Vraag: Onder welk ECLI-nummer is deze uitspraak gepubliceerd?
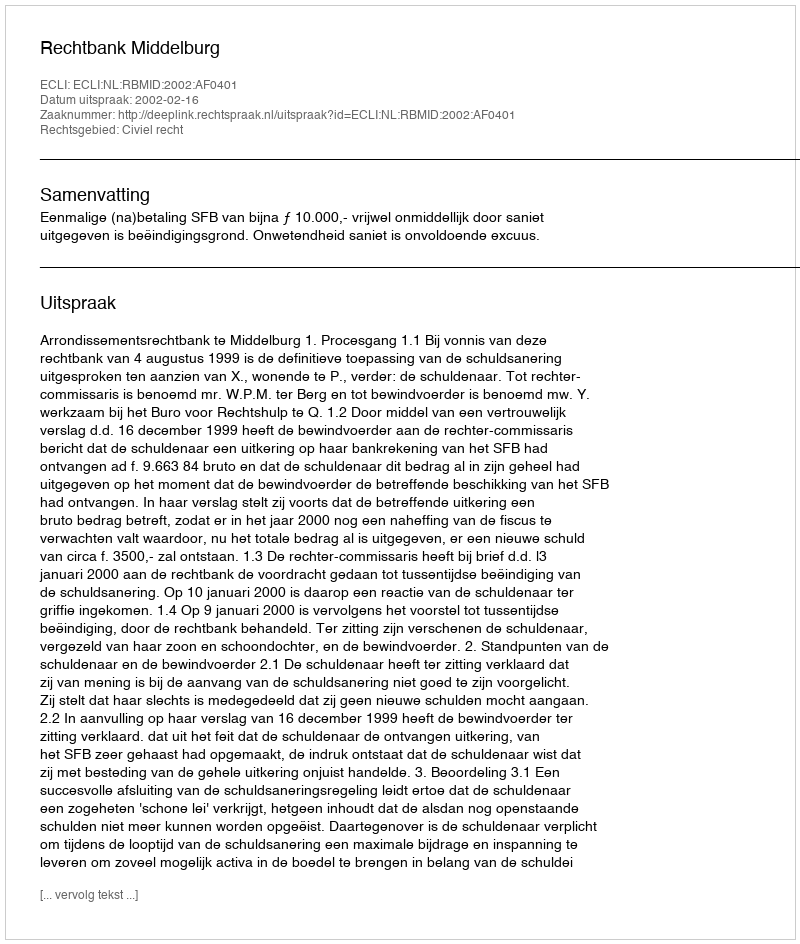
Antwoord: ECLI:NL:RBMID:2002:AF0401